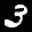
Label: 3